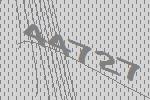
44727